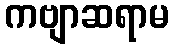
ကဗျာဆရာမ